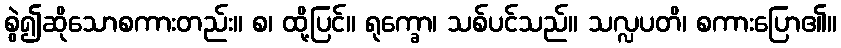
စွဲ၍ဆိုသောစကားတည်း။ စ၊ ထို့ပြင်။ ရုက္ခော၊ သစ်ပင်သည်။ သလ္လပတိ၊ စကားပြော၏။